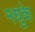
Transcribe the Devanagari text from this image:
मधुके